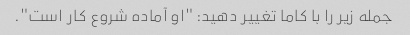
جمله زیر را با کاما تغییر دهید: "او آماده شروع کار است".